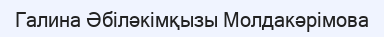
Галина Әбіләкімқызы Молдакәрімова